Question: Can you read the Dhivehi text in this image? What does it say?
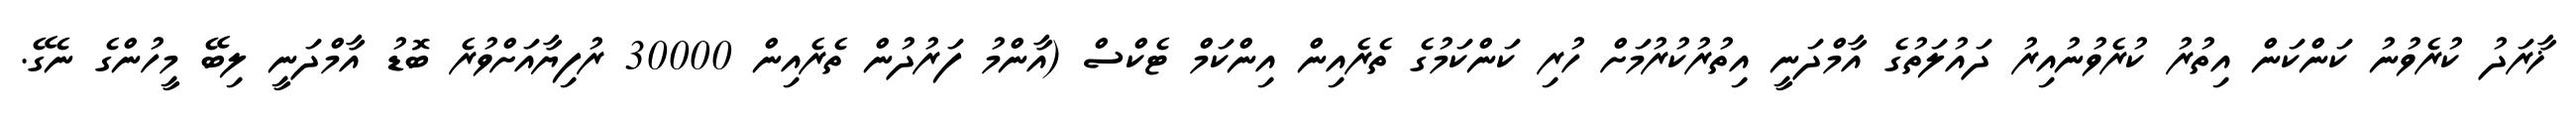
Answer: ޚާރަދު ކުރެވުނު ކަންކަން އިތުރު ކުރެވުނުއިރު ދައުލަތުގެ އާމްދަނީ އިތުރުކުރުމަށް ހުރި ކަންކަމުގެ ތެރެއިން އިންކަމް ޓެކްސް (އާންމު ފަރުދުން ތެރެއިން 30000 ރުފިޔާއަށްވުރެ ބޮޑު އާމްދަނީ ލިބޭ މީހުންގެ ނެގޭ.